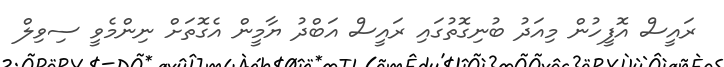
ރައީސް އޮފީހުން މިއަދު ބުނިގޮތުގައި ރައީސް އަބްދު ޔާމީން އެގޮތަށް ނިންމެވީ ސިވިލް